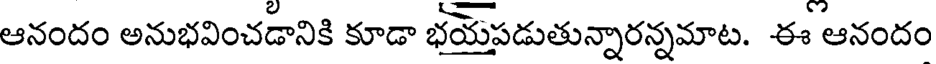
ఆనందం అనుభవించడానికి కూడా భయపడుతున్నారన్నమాట. ఈ ఆనందం